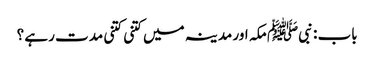
باب : نبیﷺ مکہ اور مدینہ میں کتنی کتنی مدت رہے ؟